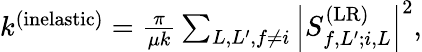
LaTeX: \begin{array}{r}{k^{(\mathrm{inelastic})}=\frac{\pi}{\mu k}\sum_{L,L^{\prime},f\neq i}\left|S_{f,L^{\prime};i,L}^{(\mathrm{LR})}\right|^{2},}\end{array}